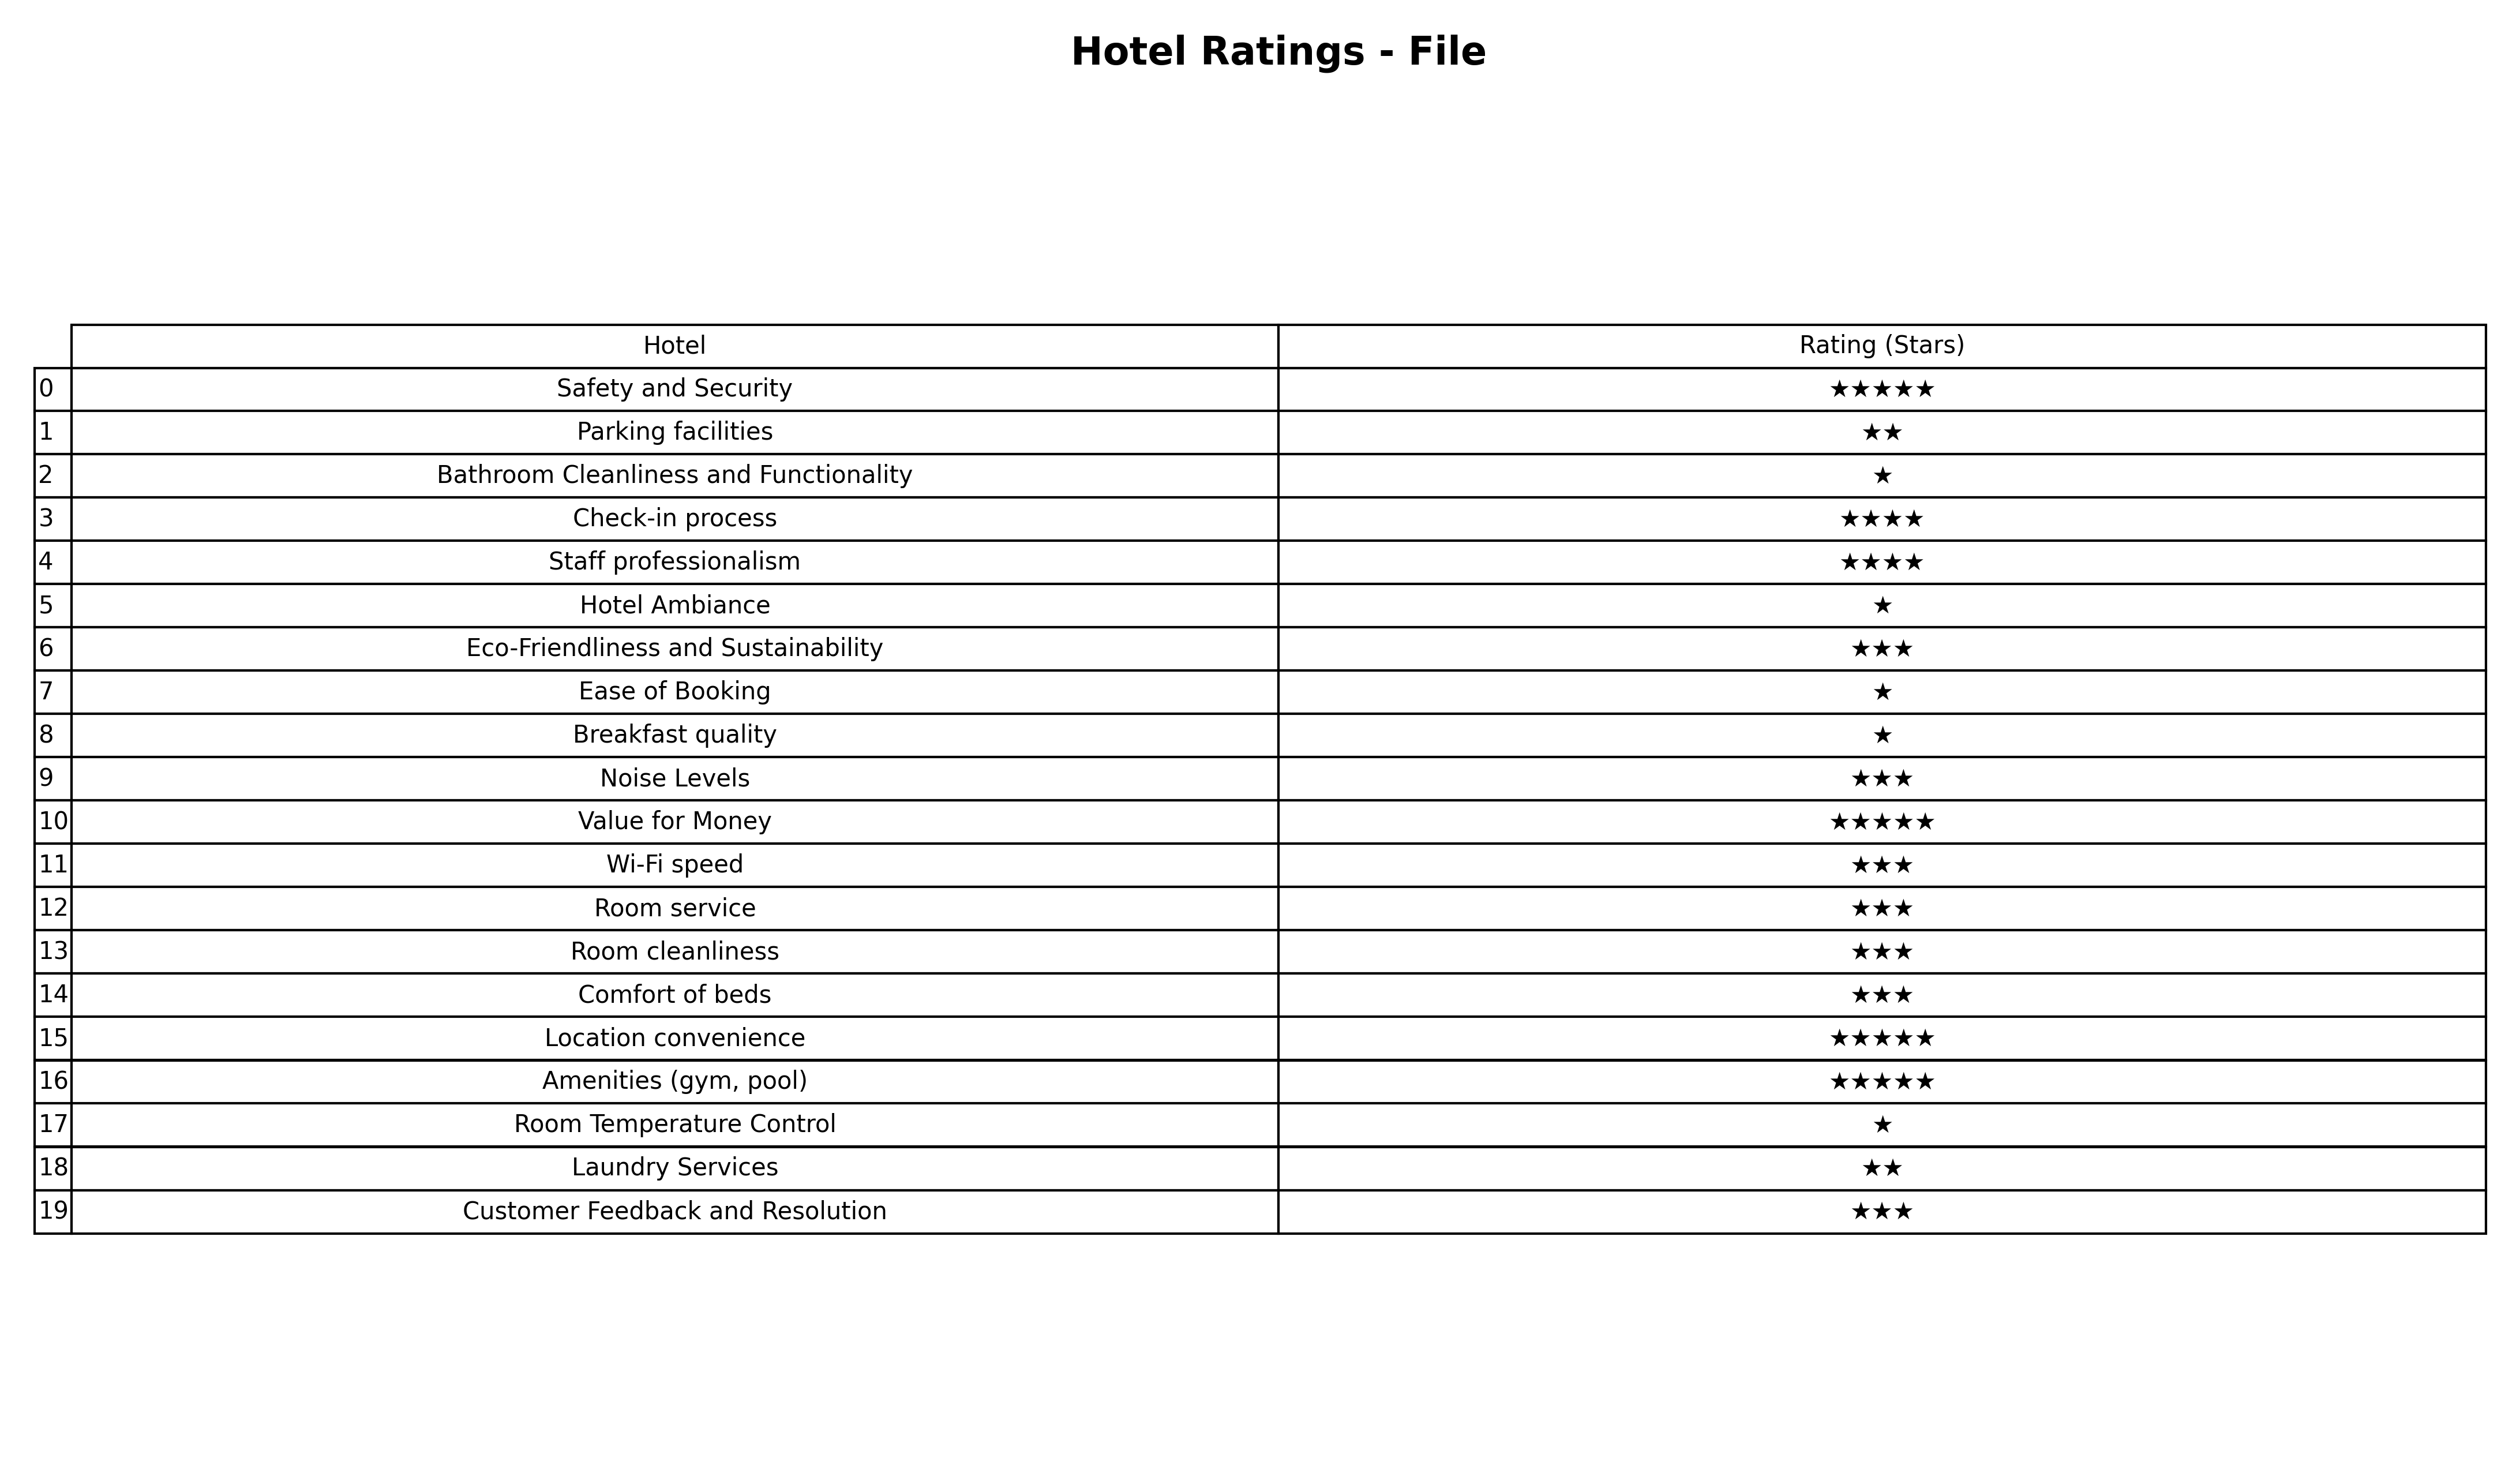
question: What are two star services?
answer: Parking facilitiesLaundry Services